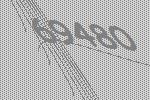
69480